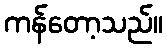
ကန်တော့သည်။